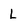
Character: L